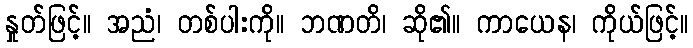
နှုတ်ဖြင့်။ အညံ၊ တစ်ပါးကို။ ဘဏတိ၊ ဆို၏။ ကာယေန၊ ကိုယ်ဖြင့်။